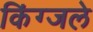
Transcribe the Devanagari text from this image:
किंग्जले